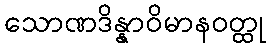
သောဏဒိန္နာဝိမာနဝတ္ထု